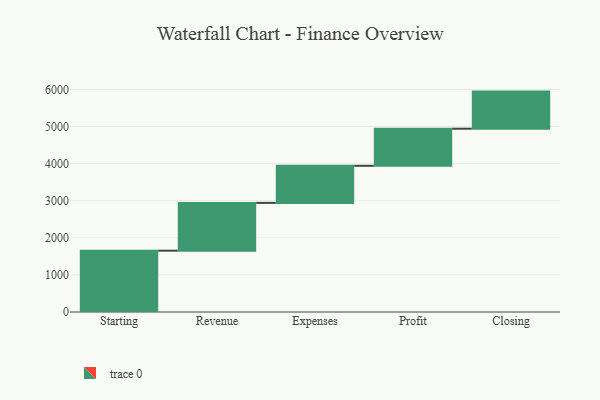
{"axis": {"x": "Step", "y": "Value"}, "legend": [""], "data": [{"x": "Starting", "y": 1653.0, "type": ""}, {"x": "Revenue", "y": 1288.0, "type": ""}, {"x": "Expenses", "y": 1000, "type": ""}, {"x": "Profit", "y": 1000, "type": ""}, {"x": "Closing", "y": 1000, "type": ""}]}